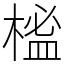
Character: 榓